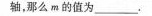
轴，那么m的值为___。